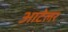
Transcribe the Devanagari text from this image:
आटेलर